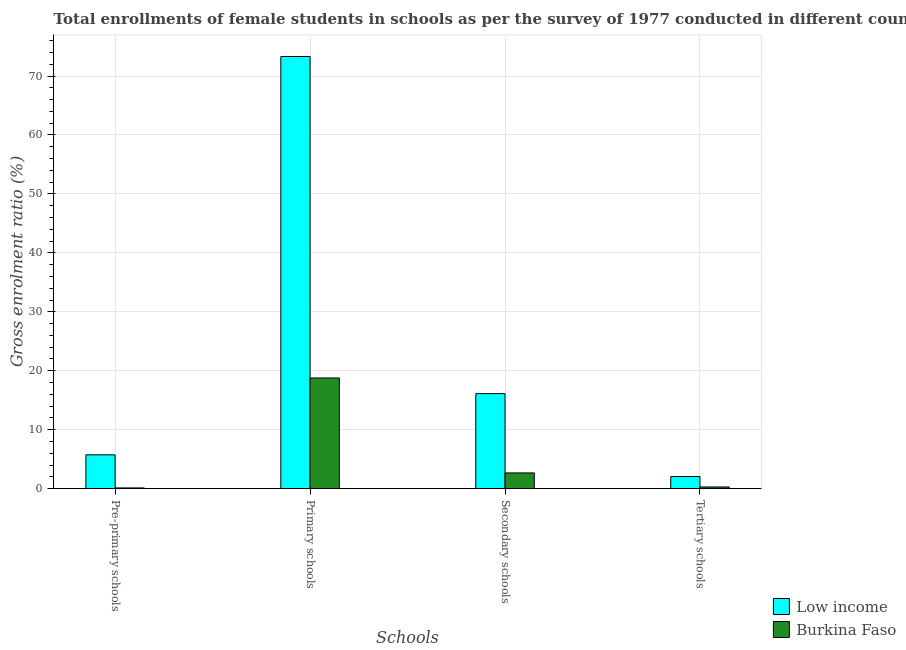
| Schools | Low income | Burkina Faso |
 | --- | --- | --- |
 | Pre-primary schools | 5.74 | 0.126 |
 | Primary schools | 73.3 | 18.8 |
 | Secondary schools | 16.1 | 2.67 |
 | Tertiary schools | 2.06 | 0.291 |